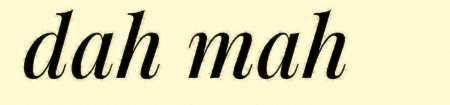
dah mah